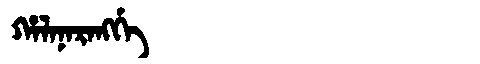
Manchu: ᡥᠠᠯᠠᠨᠠᡵᠠᠩᡤᡝ
Romanization: HALANARANGGE